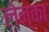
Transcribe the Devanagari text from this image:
लेन्का